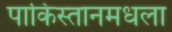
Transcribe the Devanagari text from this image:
पाकिस्तानमधला